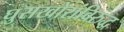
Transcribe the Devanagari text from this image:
घुसखोरांविरुद्ध